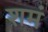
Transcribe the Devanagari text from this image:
शमं